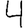
Digit: 4